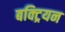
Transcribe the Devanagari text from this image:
बक्ट्रियन